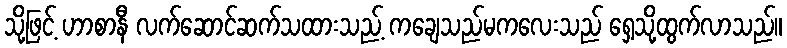
သို့ဖြင့် ဟာစာနီ လက်ဆောင်ဆက်သထားသည့် ကချေသည်မကလေးသည် ရှေ့သို့ထွက်လာသည်။